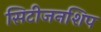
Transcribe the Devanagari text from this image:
सिटीजनशिप